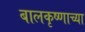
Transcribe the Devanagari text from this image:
बालकृष्णाच्या